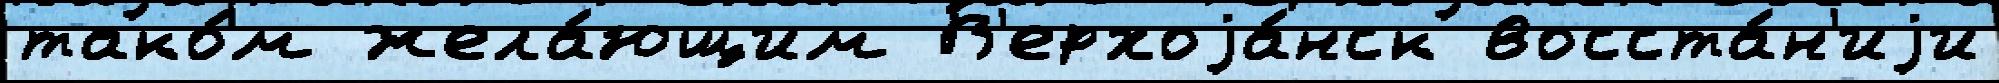
тако́м жела́ющим В'ерхоjа́нск восста́н'иjи